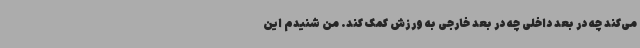
می‌کند چه در بعد داخلی چه در بعد خارجی به ورزش کمک کند. من شنیدم این